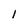
Character: l